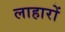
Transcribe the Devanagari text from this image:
लाहारों